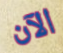
الآن